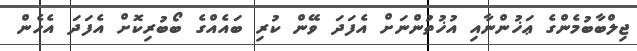
ޖިލްބާބުމެންގެ ޢަޚުންނާއި އުޚުތުންނަށް އެފަދަ ވޭން ކުރި ބައެއްގެ ބޯބުރިކޮށް އެފަދަ އެހެން